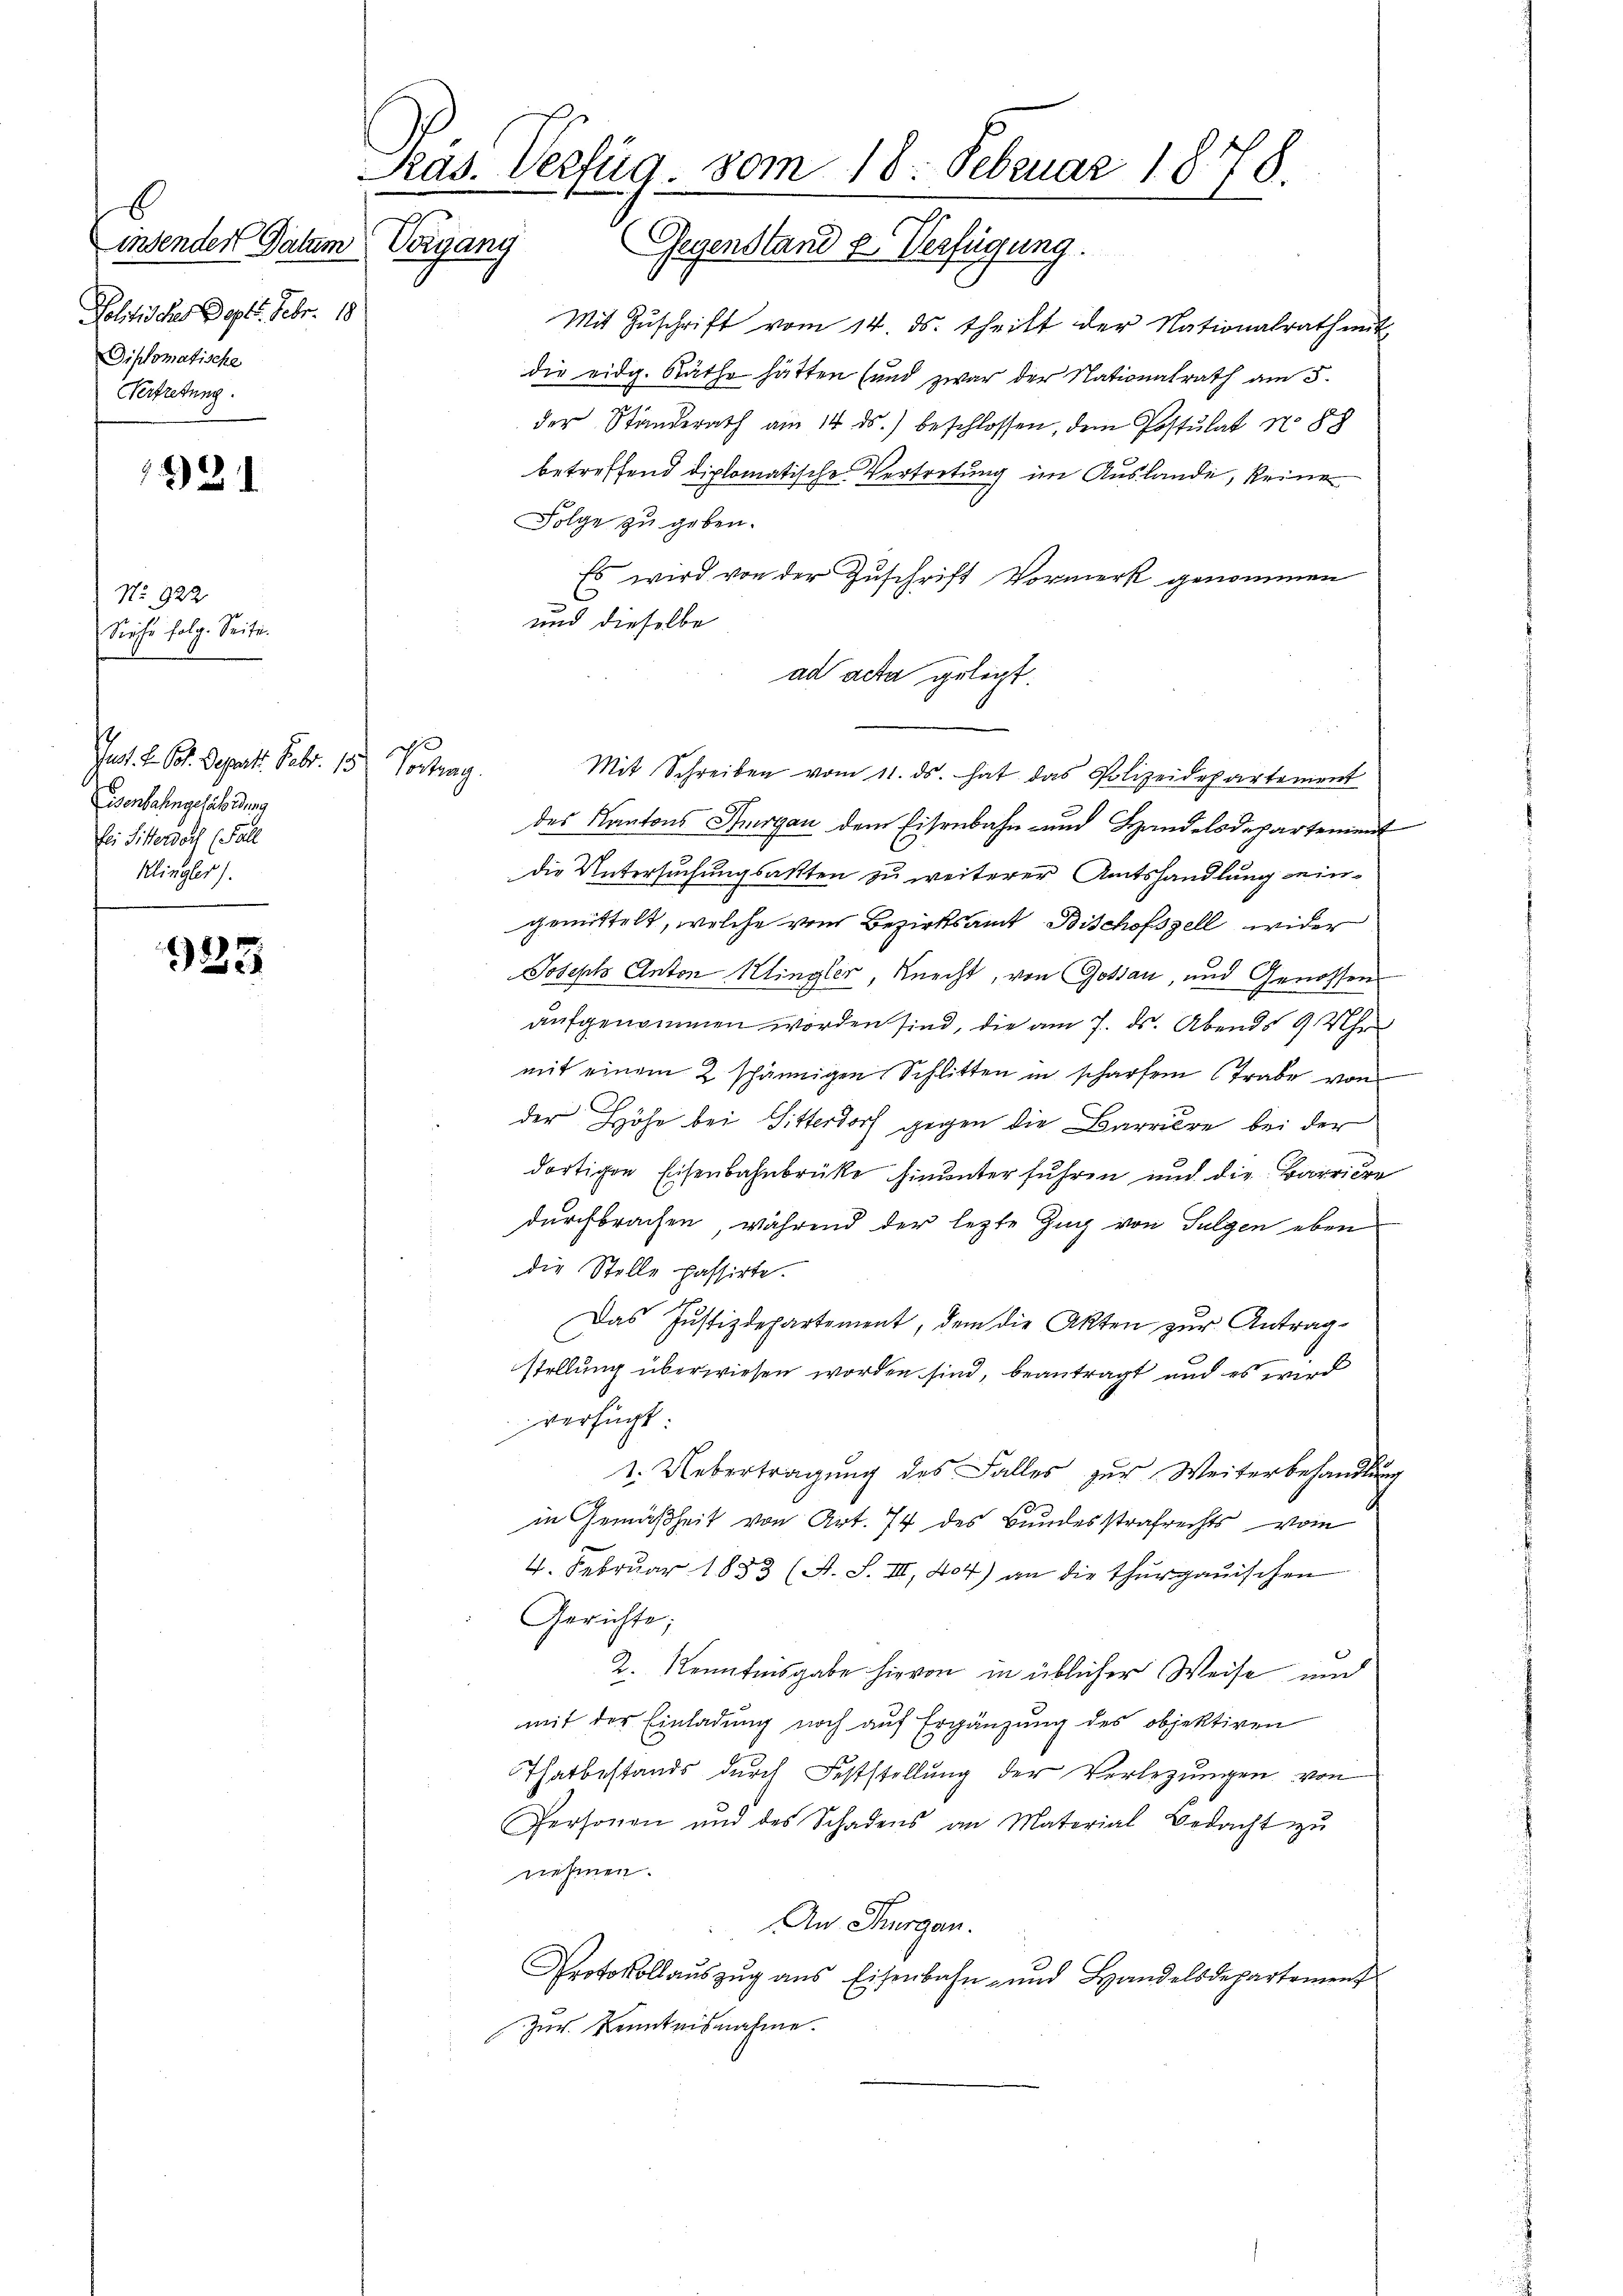
b
insendert Datum
Politisches Dopts. Febr. 18
Diplomatische
Vertretung.

21

No 922
Siefe folg. Seite.

Jes. Z. B. Deprett. Febr. 151. Vortrag.
Eisenbahngefährdung
fei Sitter doch (Fall
Klingler).

325

Ras. Verfüg, vom 18. Februar 1878.
Vorgang Gegenstand u. Verfügung.

d

Mit Zŭschrift vom 14. ds. theilt der Nationalrath mit
die eidg. Räthe hätten (und zwar der Nationalrath am 5.
der Standerath am 14. ds. beschlossen, dem Postulat No 88
betreffend diplomatische Vertretung im Auslande, keine
Folge zu geben.
Es wird von der Zuschrift Vormerk genommen
und dieselbe
ad acta gelegt.
Mit Schreiben vom 11. ds. hat das Polizeidepartement
des Kantons Thurgau dem Eisenbahn- und Handelsdepartement
die Untersuchungsakten zu weiterer Amtshandlung eingemittelt, welche vom Bezirksamt Bischofszell wider
Joseph Anton Klingler, Knecht, von Gossau, und Genossen
aufgenommen worden sind, die am 7. ds. Abends 9 Uhr
mit einem 2 schännigen Schlitten in scharfen Trabe von
der Höhe bei Sitterdorf gegen die Barriere bei der
dortigen Eisenbahnbrücke hinunter führen und die Barriere
durchbrachen, während der letzte Zug von Sulgen eben
die Stelle passirte.
Das Justizdepartement, dem die Akten zur Antrag-
stellung überwiesen worden sind, beantragt und es wird
verfügt:
1. Uebertragung des Falles zur Weiterbehandlung
in Gemäßheit von Art. 74 des Bundesstrafrechts vom
4. Februar 1833 (A. S. III, 404) an die Thurgauischen
Gerichte;
2. Kenntnisgabe hievon in üblicher Weise und
mit der Einladung noch auf Ergänzung des objektiven
Thatbestands durch Feststellung der Verlegungen von
Personen und des Schadens an Material Bedacht zŭ
nehmen.
An Thurgau.
Protokollaŭszŭg ans Eisenbahn- und Handelsdepartement
Zur Kenntnisnahme.